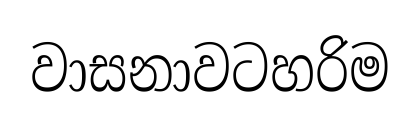
වාසනාවටහරිම